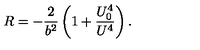
R = - { \frac { 2 } { b ^ { 2 } } } \left( 1 + { \frac { U _ { 0 } ^ { 4 } } { U ^ { 4 } } } \right) .